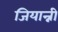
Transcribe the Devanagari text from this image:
जियान्नी